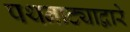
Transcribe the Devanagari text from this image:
पथनाट्याद्वारे